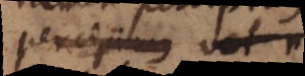
percipimus vel